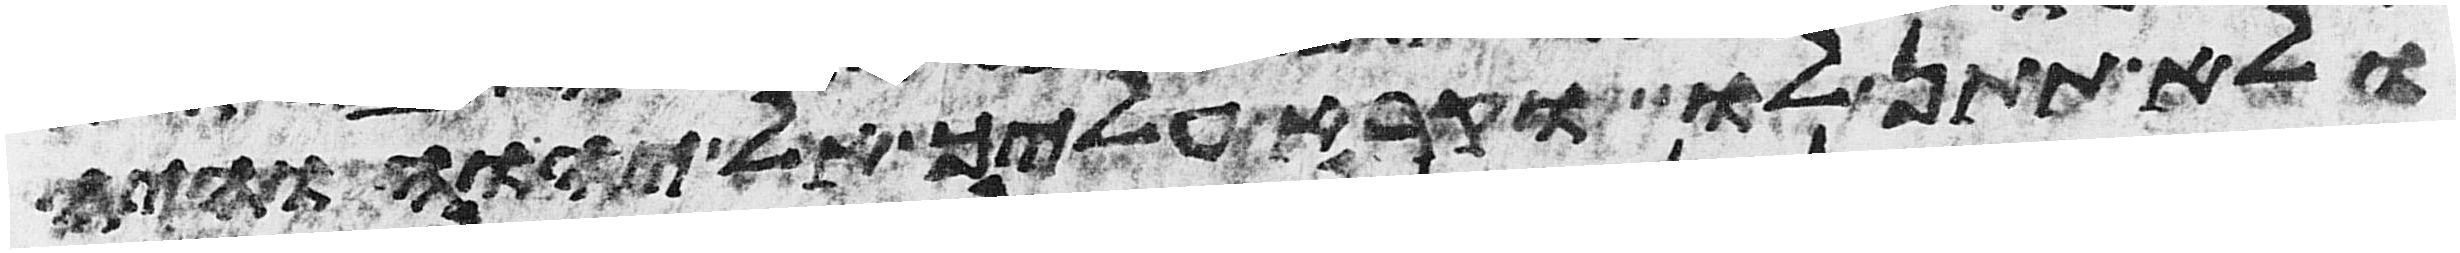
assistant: ולא תתן לו וקרא עליך אל יהוה והיה